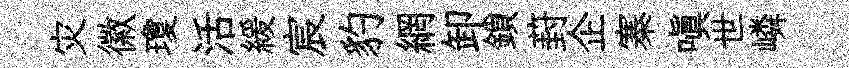
灾徽瓊活緩宸豹網卸鎖葑企寨嗔世嶙